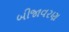
બીજાવરણ